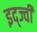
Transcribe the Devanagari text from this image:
इद्ज्वी